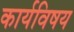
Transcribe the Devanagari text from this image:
कार्यविषय